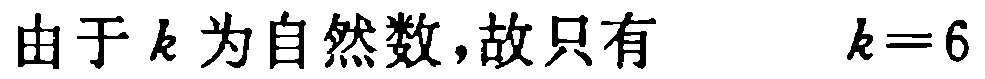
由于 \(k\) 为自然数，故只有 \(\quad k = 6\)